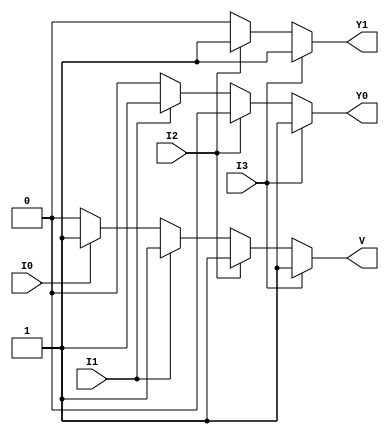
module priority_encoder (
    input wire I3,  // Highest priority input
    input wire I2,  // Second highest priority input
    input wire I1,  // Third highest priority input
    input wire I0,  // Lowest priority input
    output reg Y1,  // Output bit 1
    output reg Y0,  // Output bit 0
    output reg V    // Valid output
);

always @(*) begin
    // Default values
    Y1 = 0;
    Y0 = 0;
    V = 0;

    if (I3) begin
        Y1 = 1;
        Y0 = 1; // I3 active
        V = 1;  // At least one input is active
    end else if (I2) begin
        Y1 = 1;
        Y0 = 0; // I2 active
        V = 1;  // At least one input is active
    end else if (I1) begin
        Y1 = 0;
        Y0 = 1; // I1 active
        V = 1;  // At least one input is active
    end else if (I0) begin
        Y1 = 0;
        Y0 = 0; // I0 active
        V = 1;  // At least one input is active
    end else begin
        // All inputs are inactive
        Y1 = 0;
        Y0 = 0; // Default state
        V = 0;  // No active input
    end
end

endmodule